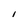
Character: I